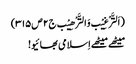
(اَلتَّرْغِیْب وَالتَّرْھِیْب ج۲ص۳۱۵)
میٹھے میٹھے اِسلامی بھائیو!